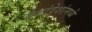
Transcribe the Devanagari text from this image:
देशांदेशांमध्ये